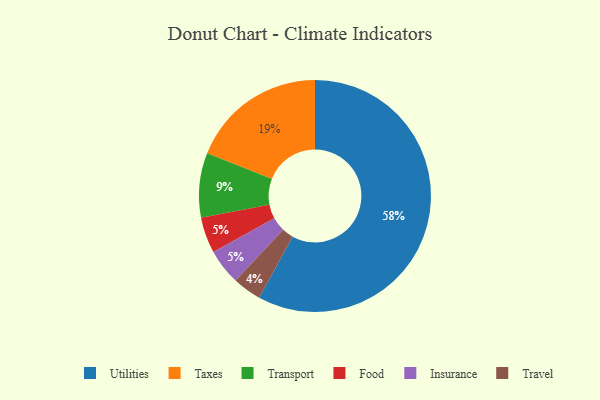
{"axis": {"x": "Category", "y": "Percentage"}, "legend": ["Food", "Insurance", "Taxes", "Transport", "Travel", "Utilities"], "data": [{"x": "Transport", "y": 9, "type": "Transport"}, {"x": "Taxes", "y": 19, "type": "Taxes"}, {"x": "Food", "y": 5, "type": "Food"}, {"x": "Travel", "y": 4, "type": "Travel"}, {"x": "Utilities", "y": 58, "type": "Utilities"}, {"x": "Insurance", "y": 5, "type": "Insurance"}]}